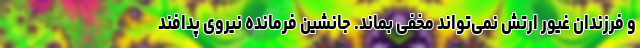
و فرزندان غیور ارتش نمی‌تواند مخفی بماند. جانشین فرمانده نیروی پدافند